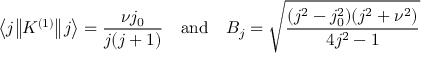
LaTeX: \left\langle j \left\| K ^ { ( 1 ) } \right\| j \right\rangle = { \frac { \nu j _ { 0 } } { j ( j + 1 ) } } \quad { \mathrm { a n d } } \quad B _ { j } = { \sqrt { \frac { ( j ^ { 2 } - j _ { 0 } ^ { 2 } ) ( j ^ { 2 } + \nu ^ { 2 } ) } { 4 j ^ { 2 } - 1 } } }